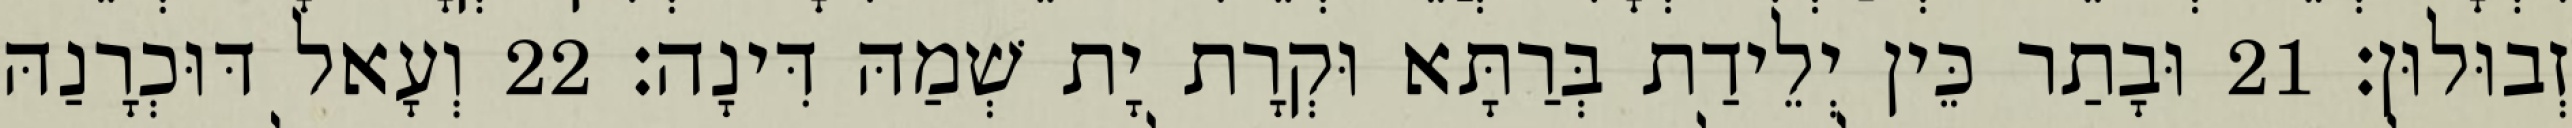
זְבוּלוּן׃ 21 וּבָתַר כֵּין יְלֵידַת בְּרַתָּא וּקְרָת יָת שְׁמַהּ דִּינָה׃ 22 וְעָאל דּוּכְרָנַהּ